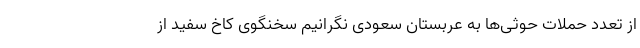
از تعدد حملات حوثی‌ها به عربستان سعودی نگرانیم سخنگوی کاخ سفید از